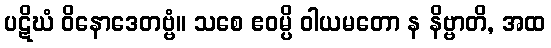
ပဋိဃံ ဝိနောဒေတဗ္ဗံ။ သစေ ဧဝမ္ပိ ဝါယမတော န နိဗ္ဗာတိ, အထ